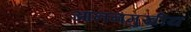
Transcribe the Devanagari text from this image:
आननमुखीय